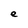
Character: e